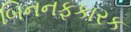
બિનનફકારક